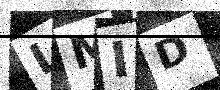
Text: LMID